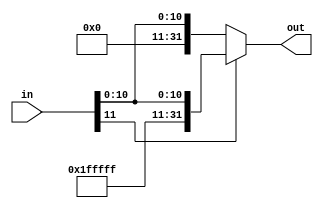
module SignExtender #(parameter totalBits=32) (
	input wire [11:0] in,
	output wire [31:0] out
	);

	assign out = in[11] ? {20'b11111111111111111111, in} : in;

endmodule //